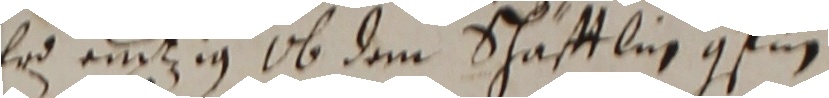
Ei nüt ig ob dem schäftlic gsin